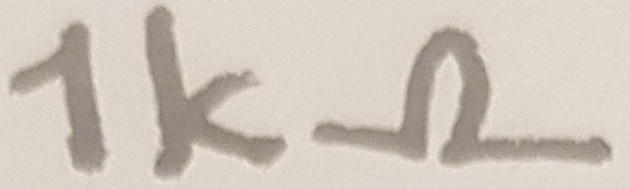
Text: 1kΩ